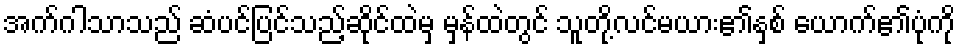
အက်ဂါသာသည် ဆံပင်ပြင်သည့်ဆိုင်ထဲမှ မှန်ထဲတွင် သူတို့လင်မယား၏နှစ် ယောက်၏ပုံကို